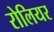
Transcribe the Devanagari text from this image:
रोलियर